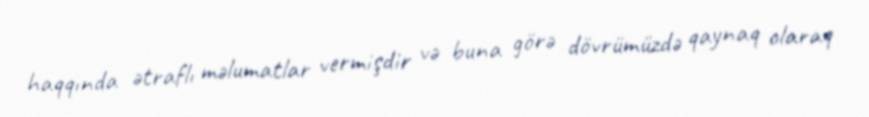
haqqında ətraflı məlumatlar vermişdir və buna görə dövrümüzdə qaynaq olaraq